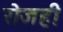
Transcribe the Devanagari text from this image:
रोजही